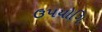
ઉપયોગિ